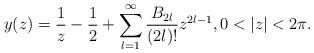
LaTeX: \begin{align*}y(z)= \frac{1}{z} -\frac{1}{2} + \sum_{l=1}^{\infty} \frac{B_{2l}}{(2l)!}z^{2l-1},0<|z|<2\pi.\end{align*}